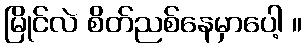
မြိုင်လဲ စိတ်ညစ်နေမှာပေါ့ ။